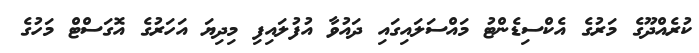
ކުރެއްދޫގެ މަރުގެ އެކްސިޑެންޓު މައްސަލައިގައި ދައުވާ އުފުލައިފި މިދިޔަ އަހަރުގެ އޮގަސްޓް މަހުގެ